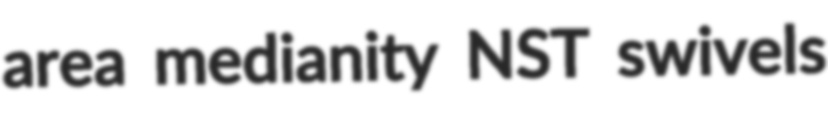
area medianity NST swivels